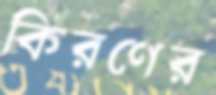
কিরণের